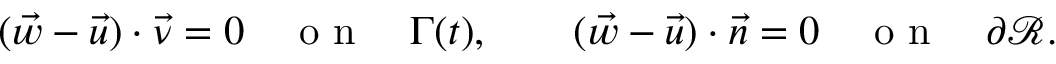
( \vec { w } - \vec { u } ) \cdot \vec { \nu } = 0 \quad \mathrm { ~ o ~ n ~ } \quad \Gamma ( t ) , \qquad ( \vec { w } - \vec { u } ) \cdot \vec { n } = 0 \quad \mathrm { ~ o ~ n ~ } \quad \partial \mathscr { R } .